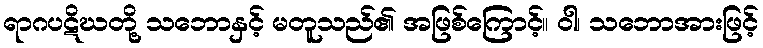
ရာဂပဋိဃတို့ သဘောနှင့် မတူသည်၏ အဖြစ်ကြောင့်။ ဝါ၊ သဘောအားဖြင့်